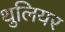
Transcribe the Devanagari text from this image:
थुलियर